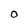
Character: 0